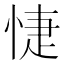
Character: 𢜀